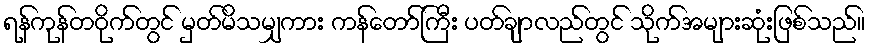
ရန်ကုန်တဝိုက်တွင် မှတ်မိသမျှကား ကန်တော်ကြီး ပတ်ချာလည်တွင် သိုက်အများဆုံးဖြစ်သည်။